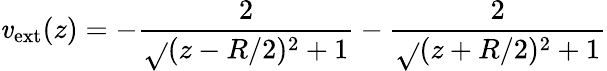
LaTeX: \mathit{v}_{\mathrm{{ext}}}(z)=-\frac{{2}}{{\sqrt{}{{(z-R/2)^{2}+1}}}}-\frac{{2}}{{\sqrt{}{{(z+R/2)^{2}+1}}}}